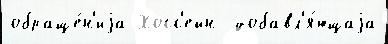
обраще́н'иjа Хосс'ейн  добавл'я́ющаjа